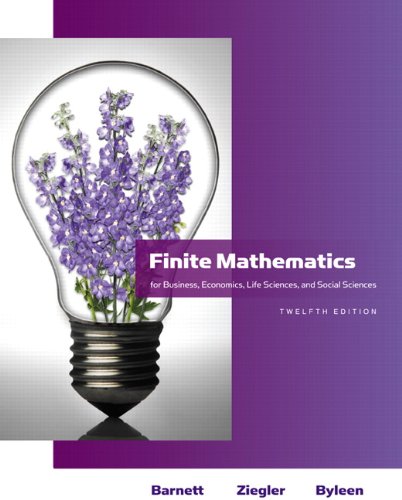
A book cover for Finite Mathematics for Business, Economics, Life Sciences and Social Sciences (12th Edition) (Barnett); Raymond A. Barnett; Business & Money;